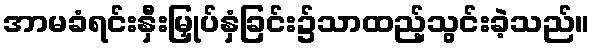
အာမခံရင်းနှီးမြှုပ်နှံခြင်း၌သာထည့်သွင်းခဲ့သည်။